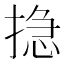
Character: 𢰽